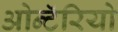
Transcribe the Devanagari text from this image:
ओन्टॅरियो